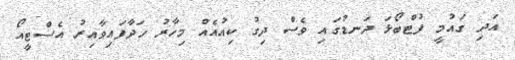
އަދި ގައުމީ ފުޓްބޯޅަ ދަނޑުގައި ވެސް ދިގު ކިއުއެއް މިހާރު ހަދާފައިވާއިރު އެސްޓީއޯ